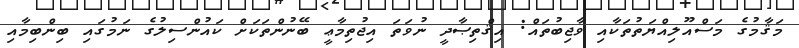
މަޤާމުގެ މަސްއޫލިއްޔަތުތަކާއި ވާޖިބުތައް: އިޤްތިޞާދީ ނުވަތަ އިޖުތިމާޢީ ބޭނުންތަކަށް ކައުންސިލުގެ ނަމުގައި ބިންބިމާއި